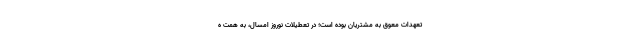
تعهدات معوق به مشتریان بوده است؛ در تعطیلات نوروز امسال، به همت ه